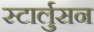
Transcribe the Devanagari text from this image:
स्टार्लुसन